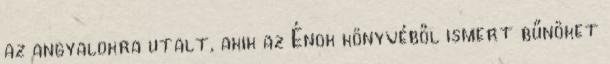
az angyalokra utalt, akik az Énok könyvéből ismert bűnöket